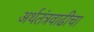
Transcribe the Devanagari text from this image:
अर्थतंत्रवाढीचा